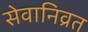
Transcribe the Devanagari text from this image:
सेवानिव्रत